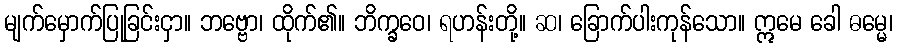
မျက်မှောက်ပြုခြင်းငှာ။ ဘဗ္ဗော၊ ထိုက်၏။ ဘိက္ခဝေ၊ ရဟန်းတို့။ ဆ၊ ခြောက်ပါးကုန်သော။ ဣမေ ခေါ ဓမ္မေ၊